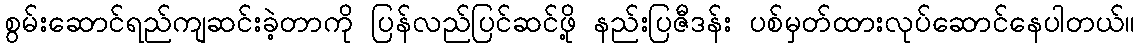
စွမ်းဆောင်ရည်ကျဆင်းခဲ့တာကို ပြန်လည်ပြင်ဆင်ဖို့ နည်းပြဇီဒန်း ပစ်မှတ်ထားလုပ်ဆောင်နေပါတယ်။